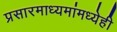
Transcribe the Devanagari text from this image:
प्रसारमाध्यमांमध्येही